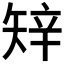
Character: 𥏔